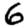
Digit: 6